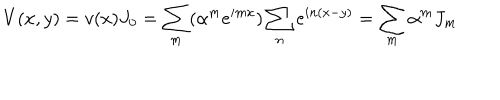
V ( x , y ) = v ( x ) J _ { 0 } = \sum _ { m } ( \alpha ^ { m } e ^ { i m x } ) \sum _ { n } e ^ { i n ( x - y ) } = \sum _ { m } \alpha ^ { m } J _ { m }